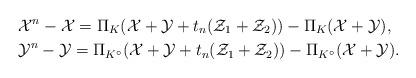
LaTeX: \begin{align*} &\mathcal{X}^n - \mathcal{X} = \Pi_{K}(\mathcal{X}+\mathcal{Y}+t_n (\mathcal{Z}_1+\mathcal{Z}_2))- \Pi_{K}(\mathcal{X}+\mathcal{Y}),\\ &\mathcal{Y}^n - \mathcal{Y} = \Pi_{K^{\circ}}(\mathcal{X}+\mathcal{Y}+t_n (\mathcal{Z}_1+\mathcal{Z}_2))- \Pi_{K^{\circ}}(\mathcal{X}+\mathcal{Y}). \end{align*}